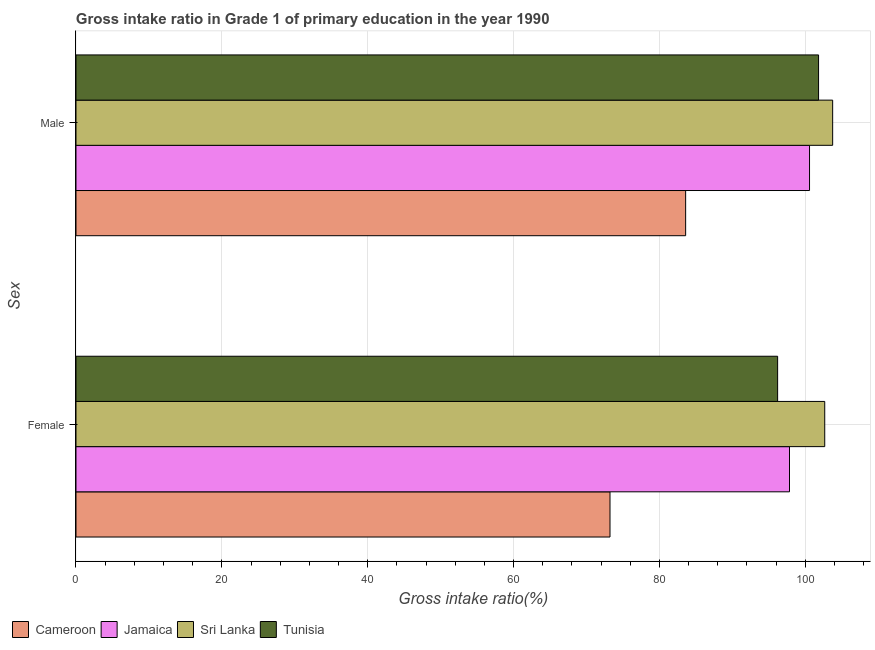
| Sex | Cameroon | Jamaica | Sri Lanka | Tunisia |
 | --- | --- | --- | --- | --- |
 | Female | 73.2 | 97.8 | 103 | 96.2 |
 | Male | 83.6 | 101 | 104 | 102 |